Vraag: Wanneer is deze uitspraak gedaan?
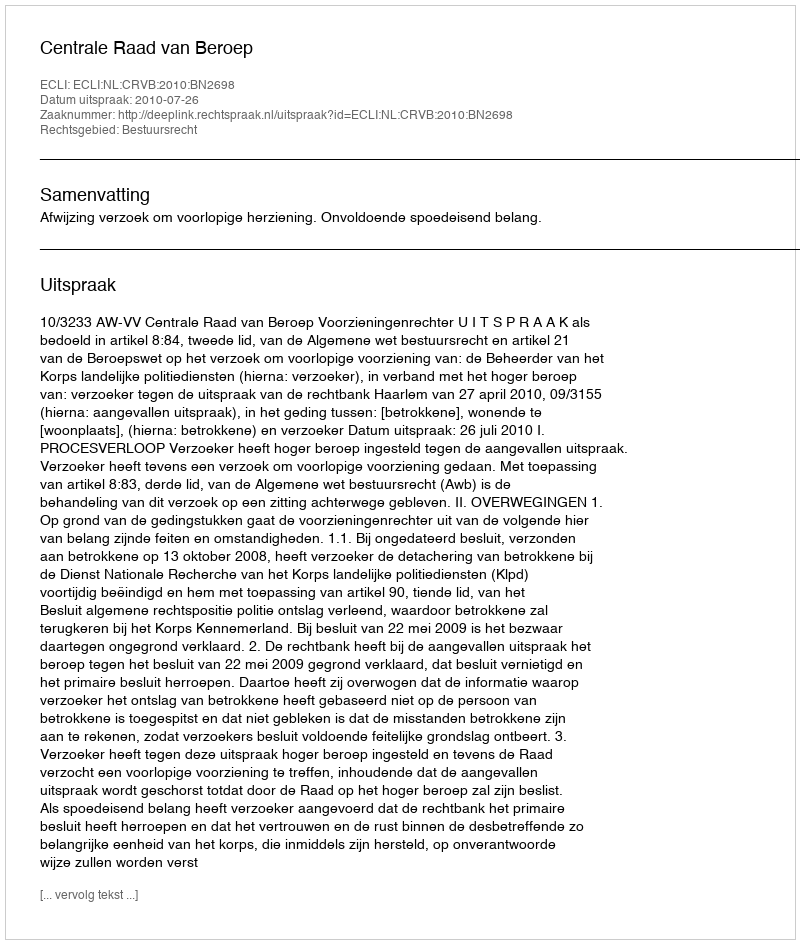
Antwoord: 2010-07-26